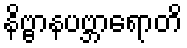
နိဗ္ဗာနပဗ္ဘာရောတိ